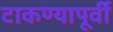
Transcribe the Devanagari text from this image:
टाकण्यापूर्वी